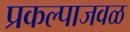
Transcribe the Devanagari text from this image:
प्रकल्पाजवळ